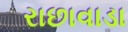
રાછાવાડા